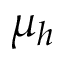
\mu _ { h }